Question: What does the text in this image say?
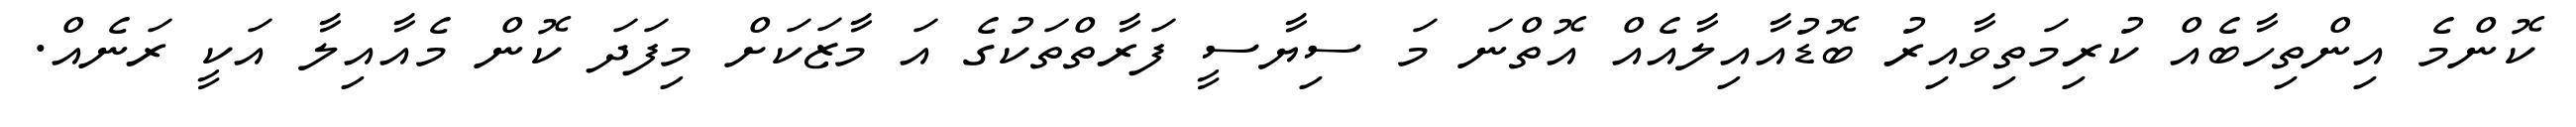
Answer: ކޮންމެ އިންތިހާބެއް ކުރިމަތިވާއިރު ބޮޑުއާއިލާއެއް އޮތްނަ މަ ސިޔާސީ ފަރާތްތަކުގެ އަ މާޒަކަށް މިފަދަ ކޮން މެއާއިލާ އަކީ ރަނެއް.